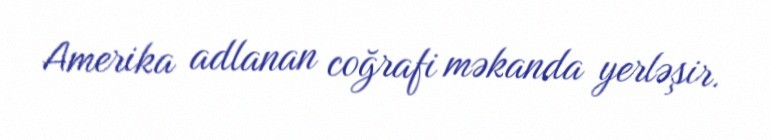
Amerika adlanan coğrafi məkanda yerləşir.